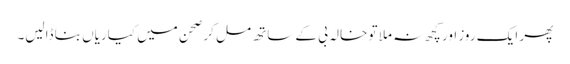
پھر ایک روز اور کچھ نہ ملا تو خالہ بی کے ساتھ مل کر صحن میں کیاریاں بنا ڈالیں۔